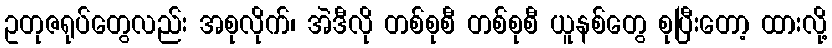
ဥတုဇရုပ်တွေလည်း အစုလိုက်၊ အဲဒီလို တစ်စုစီ တစ်စုစီ ယူနစ်တွေ စုပြီးတော့ ထားလို့